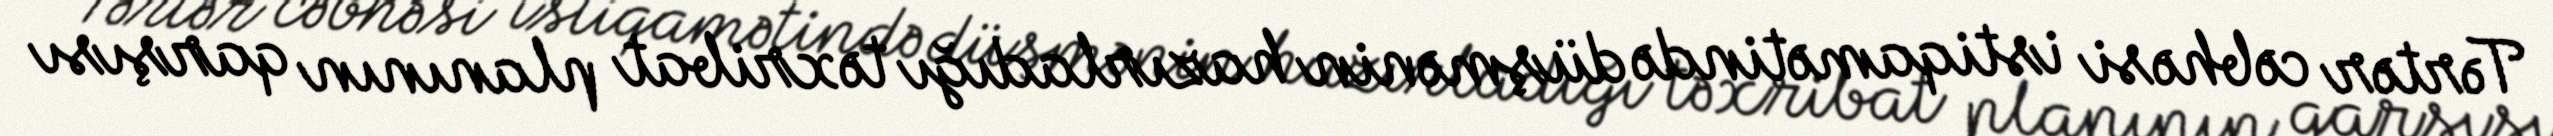
Tərtər cəbhəsi istiqamətində düşmənin hazırladığı təxribat planının qarşısı